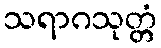
သရာဂသုတ္တံ